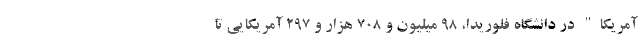
آمریکا" در دانشگاه فلوریدا، ۹۸ میلیون و ۷۰۸ هزار و ۲۹۷ آمریکایی تا